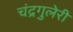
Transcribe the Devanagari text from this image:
चंद्रगुलेरी